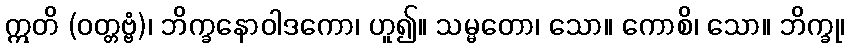
ဣတိ (ဝတ္တဗ္ဗံ)၊ ဘိက္ခနောဝါဒကော၊ ဟူ၍။ သမ္မတော၊ သော။ ကောစိ၊ သော။ ဘိက္ခု၊